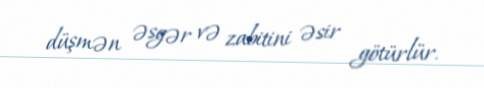
düşmən əsgər və zabitini əsir götürlür.